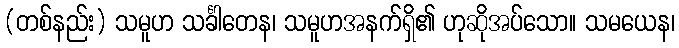
(တစ်နည်း) သမူဟ သင်္ခါတေန၊ သမူဟအနက်ရှိ၏ ဟုဆိုအပ်သော။ သမယေန၊